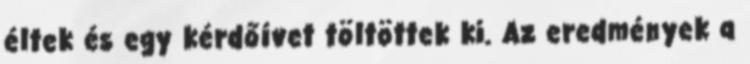
éltek és egy kérdőívet töltöttek ki. Az eredmények a